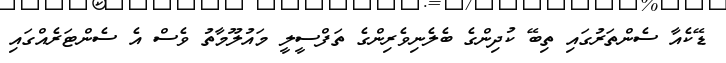
ޑޭކެއާ ސެންތަރުގައި ތިބޭ ކުދިންގެ ބެލެނިވެރިންގެ ތަފްސީލީ މައުލޫމާތު ވެސް އެ ސެންޓަރެއްގައި